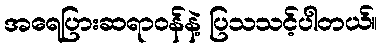
အရေပြားဆရာဝန်နဲ့ ပြသသင့်ပါတယ်။